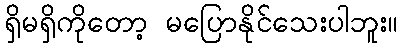
ရှိမရှိကိုတော့ မပြောနိုင်သေးပါဘူး။